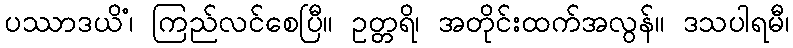
ပဿာဒယိံ၊ ကြည်လင်စေပြီ။ ဥတ္တရိ၊ အတိုင်းထက်အလွန်။ ဒသပါရမီ၊